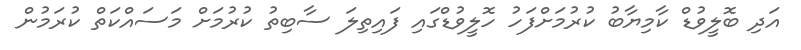
އަދި ބޮލީވުޑް ކާމިޔާބު ކުރުމަށްފަހު ހޮލީވުޑްގައި ފައިތިލަ ސާބިތު ކުރުމަށް މަސައްކަތް ކުރަމުން